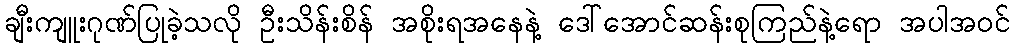
ချီးကျူးဂုဏ်ပြုခဲ့သလို ဦးသိန်းစိန် အစိုးရအနေနဲ့ ဒေါ်အောင်ဆန်းစုကြည်နဲ့ရော အပါအဝင်